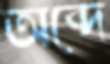
অব্দে